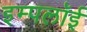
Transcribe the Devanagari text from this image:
इम्पलॉई